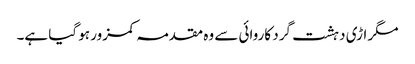
مگر اڑی دہشت گرد کاروائی سے وہ مقدمہ کمزور ہو گیا ہے۔